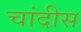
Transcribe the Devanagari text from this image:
चांदीस